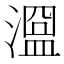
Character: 𣽭